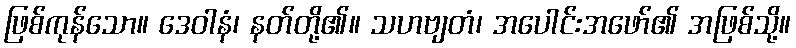
ဖြစ်ကုန်သော။ ဒေဝါနံ၊ နတ်တို့၏။ သဟဗျတံ၊ အပေါင်းအဖော်၏ အဖြစ်သို့။